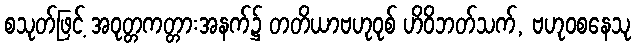
စသုတ်ဖြင့် အဝုတ္တကတ္တားအနက်၌ တတိယာဗဟုဝုစ် ဟိဝိဘတ်သက်, ဗဟုဝစနေသု